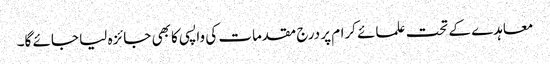
معاہدے کے تحت علمائے کرام پر درج مقدمات کی واپسی کا بھی جائزہ لیا جائے گا۔